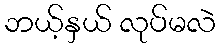
ဘယ့်နှယ် လုပ်မလဲ